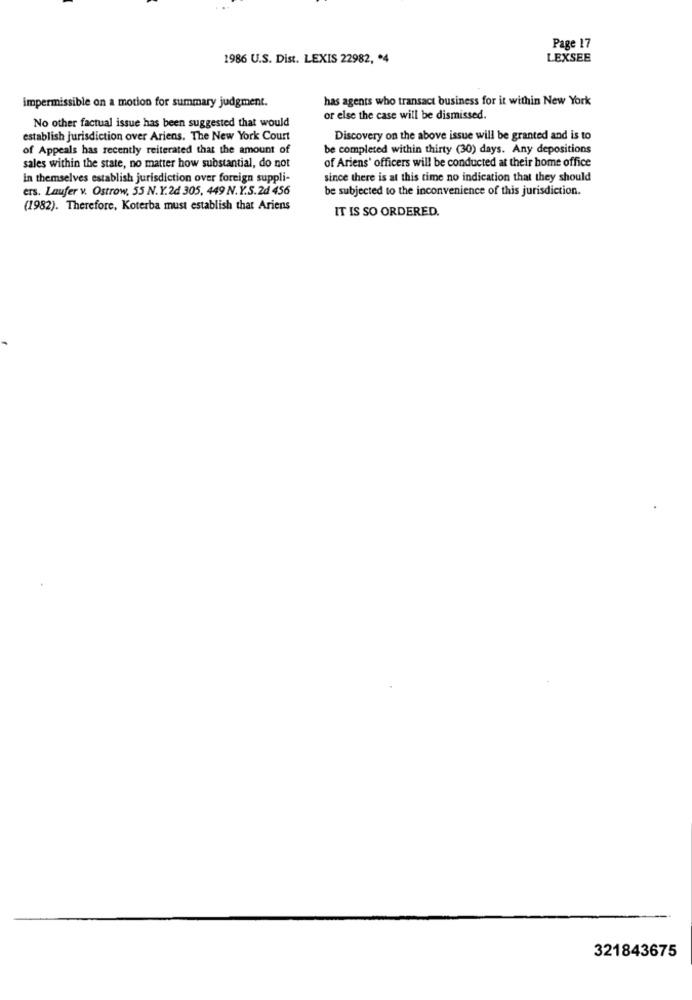
Page 17
1986 U.S. Dist. LEXIS 22982, * 4
LEXSEE
impermissible on a motion for summary judgment.
has agents who transact business for it within New York
No other factual issue has been suggested that would
or else the case will be dismissed.
establish jurisdiction over Ariens. The New York Court
Discovery on the above issue will be granted and is to
of Appeals has recently reiterated that the amount of
be completed within thirty (30) days. Any depositions
of Ariens' officers will be conducted at their home office
sales within the state, no matter how substantial, do not
In themselves establish jurisdiction over foreign suppli-
since there is at this time no indication that they should
ers. Laufer v. Ostrow, 55 N.Y.2d 305, 449 N.Y.S.2d 456
be subjected to the inconvenience of this jurisdiction.
(1982). Therefore, Koterba must establish that Ariens
IT IS SO ORDERED.
321843675